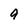
Character: 9